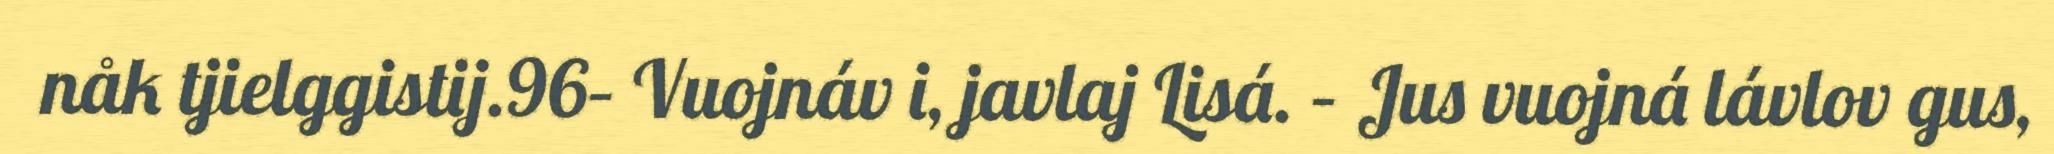
nåk tjielggistij.96– Vuojnáv i, javlaj Lisá. – Jus vuojná lávlov gus,